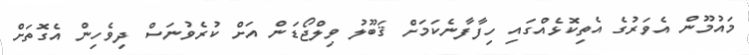
މައުމޫން އެވަރުގެ އެތިކޮޅެއްގައި ހިފާފާނެކަމަށް ޤަބޫލު ވިލްޖޯޑަން އަށް ކުރެވުނަސް ދިވެހިން އެގޮތަށް